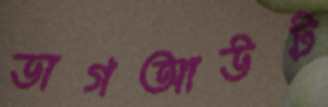
ডাগআউট